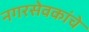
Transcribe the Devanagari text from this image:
नगरसेवकांचे